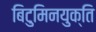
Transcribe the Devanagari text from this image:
बिटुमिनयुक्ति